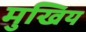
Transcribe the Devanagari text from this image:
मुखिय